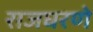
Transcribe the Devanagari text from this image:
राजघरणे